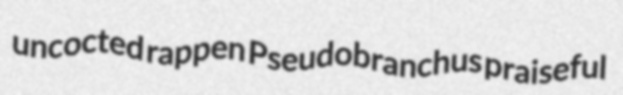
uncocted rappen Pseudobranchus praiseful